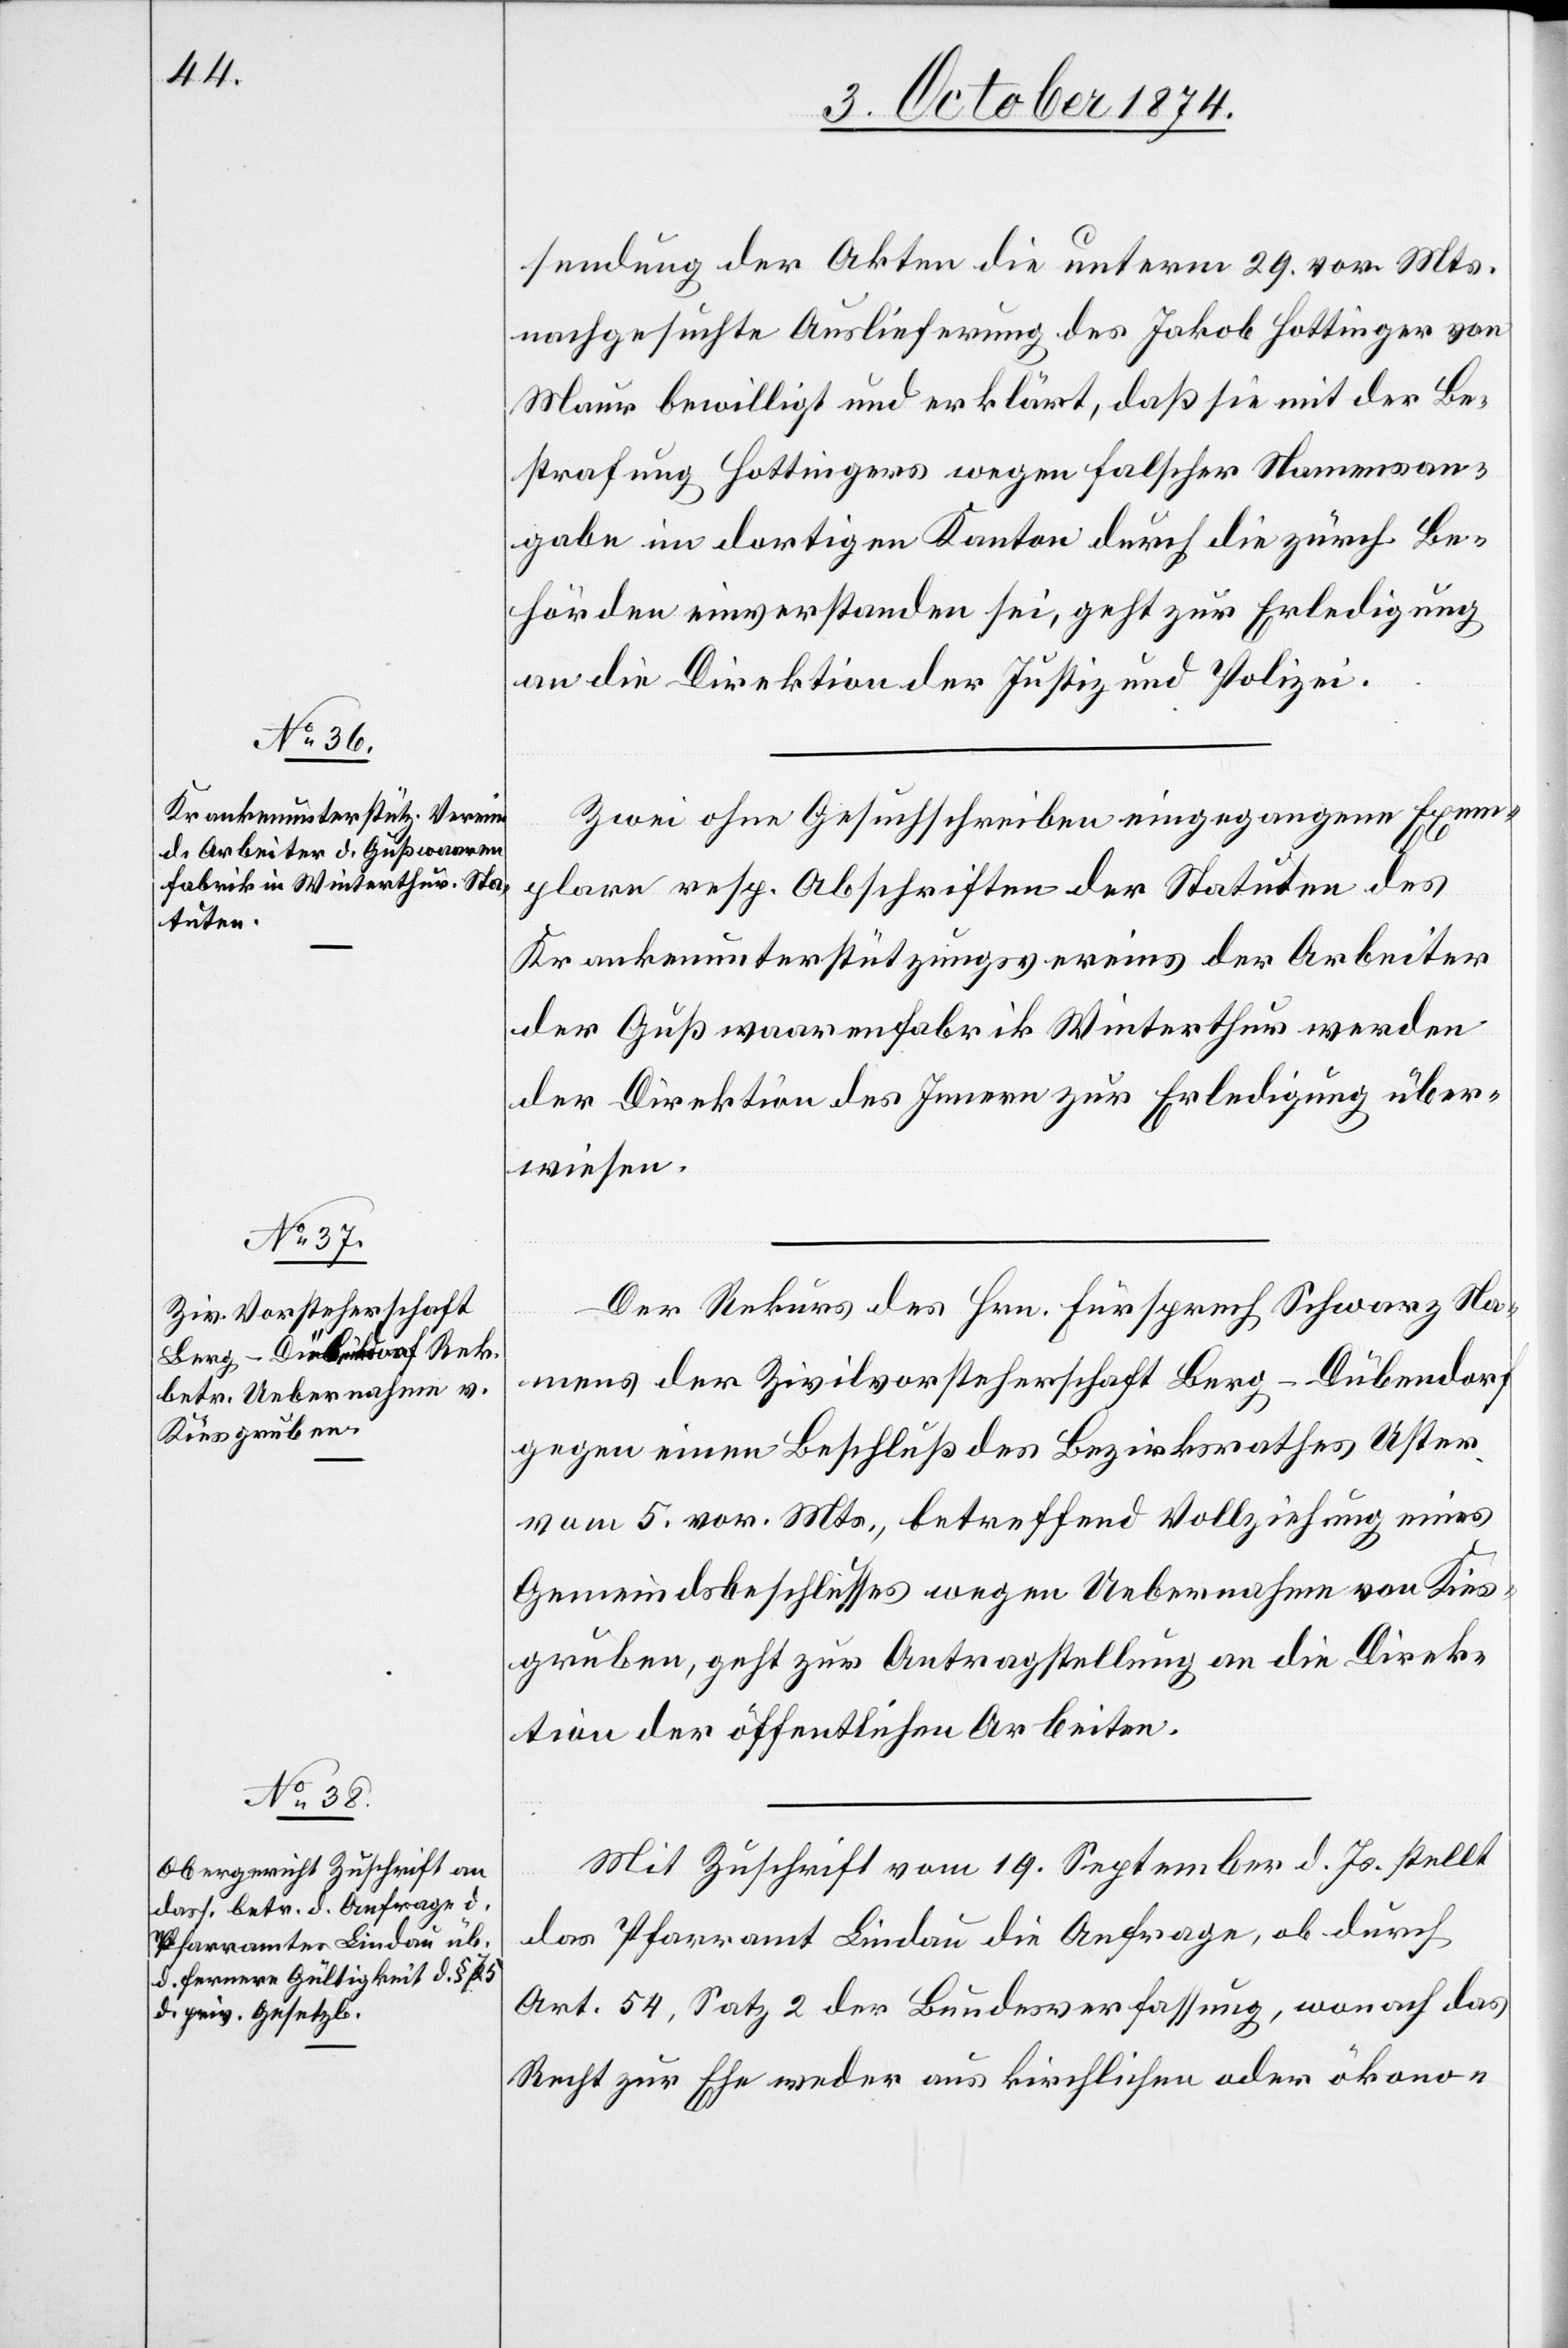
5. October 1874.]
sendung der Akten die unterm 29. vor. Mts.
nachgesuchte Auslieferung des Jakob Hottinger von
Maur bewilligt und erklärt, daß sie mit der Be¬
strafung Hottingers wegen falscher Namensan¬
gabe im dortigen Kanton durch die zürch. Be¬
hörden einverstanden sei, geht zur Erledigung
an die Direktion der Justiz und Polizei.
Zwei ohne Gesuchschreiben eingegangene Exem¬
plare resp. Abschriften der Statuten des
Krankenunterstützungsvereines der Arbeiter
der Gußwaarenfabrik Winterthur werden
der Direktion des Innern zur Erledigung über¬
weisen.
Der Rekurs des Hrn. Fürsprech Schwarz Na¬
mens der Zivilvorsteherschaft Berg-Dübendorf
gegen einen Beschluß des Bezirksrath Uster
vom 5. vor. Mts., betreffen Vollziehung eines
Gemeindsbeschlusses wegen Uebernahme von Kies¬
gruben, geht zur Antragstellung an die Direk¬
tion der öffentlichen Arbeiten.
Mit Zuschrift vom 19. September d. Js. stellt
das Pfarramt Lindau die Anfrage, ob durch
Art. 54, Satz 2 der Bundesverfassung, wonach das
Recht zur Ehe weder aus kirchlichen oder ökono-